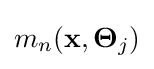
m_{n}(\mathbf {x} ,\mathbf {\Theta } _{j})